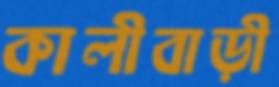
কালীবাড়ী